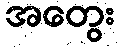
အတွေး